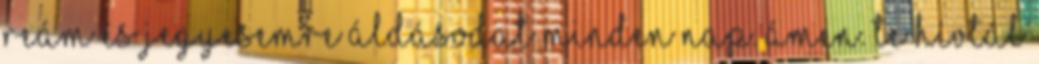
reám és jegyesemre áldásodat minden nap. Ámen. Te hívtál